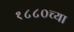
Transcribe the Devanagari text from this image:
१८८०च्या